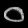
Digit: ၀